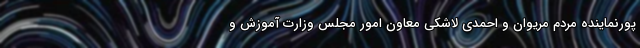
پورنماینده مردم مریوان و احمدی لاشکی معاون امور مجلس وزارت آموزش و